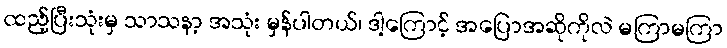
ထည့်ပြီးသုံးမှ သာသနာ့ အသုံး မှန်ပါတယ်၊ ဒါ့ကြောင့် အပြောအဆိုကိုလဲ မကြာမကြာ